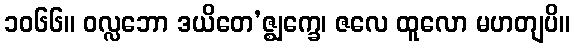
၁၀၆၆။ ဝလ္လဘော ဒယိတေ’ဇ္ဈက္ခေ၊ ဇလေ ထူလော မဟတျပိ။